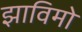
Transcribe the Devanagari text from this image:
झाविमो